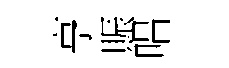
亨賑唱